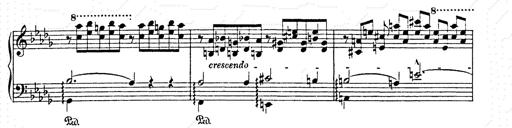
Title: AnnÃ©es de pÃ¨lerinage II
Composer: Franz Liszt